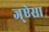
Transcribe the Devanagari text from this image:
ज्ऐसा